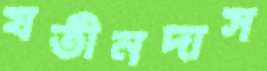
যতীনদাস